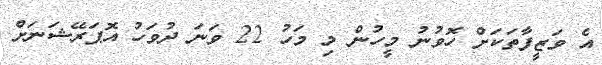
އެ ވަޒީފާތަކަށް ހޮވުނު މީހުން މި މަހު 22 ވަނަ ދުވަހު އޮޕަރޭޝަނަށް